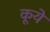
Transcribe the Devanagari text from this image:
कूये